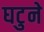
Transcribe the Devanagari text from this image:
घटुने